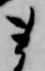
ま